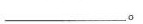
___。